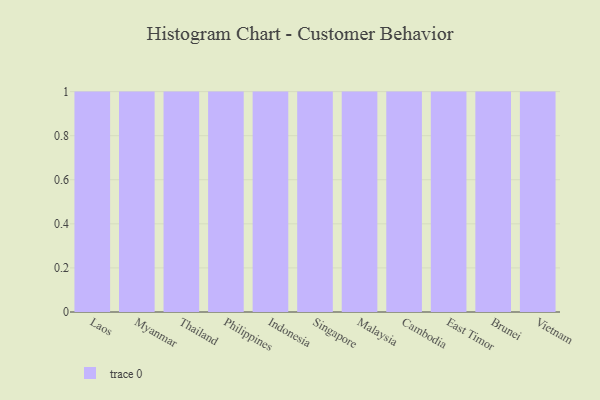
{"axis": {"x": "Country", "y": "Demand Index"}, "legend": [""], "data": [{"x": "Laos", "y": 29, "type": ""}, {"x": "Myanmar", "y": 74, "type": ""}, {"x": "Thailand", "y": 51, "type": ""}, {"x": "Philippines", "y": 80, "type": ""}, {"x": "Indonesia", "y": 8, "type": ""}, {"x": "Singapore", "y": 29, "type": ""}, {"x": "Malaysia", "y": 85, "type": ""}, {"x": "Cambodia", "y": 12, "type": ""}, {"x": "East Timor", "y": 71, "type": ""}, {"x": "Brunei", "y": 2, "type": ""}, {"x": "Vietnam", "y": 44, "type": ""}]}